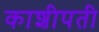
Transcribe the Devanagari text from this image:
काशीपती